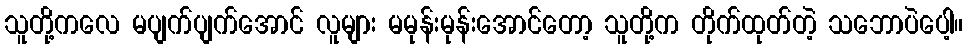
သူတို့ကလေ မပျက်ပျက်အောင် လူများ မမုန်းမုန်းအောင်တော့ သူတို့က တိုက်ထုတ်တဲ့ သဘောပဲပေါ့။